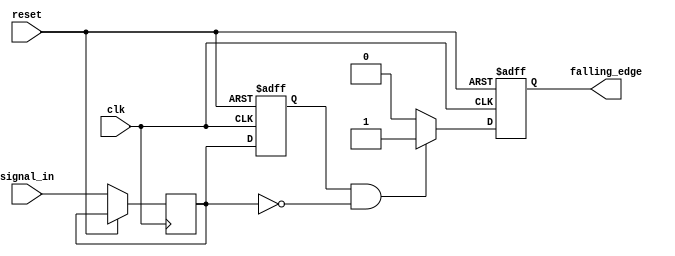
module falling_edge_detector (
    input wire clk,               // Clock signal
    input wire reset,             // Asynchronous reset signal
    input wire signal_in,         // Input signal to detect falling edge
    output reg falling_edge       // Output signal indicating falling edge detection
);

    reg prev_state;               // Register to hold the previous state of the input signal
    reg curr_state;               // Register to hold the current state of the input signal

    // Asynchronous reset and state sampling on the rising edge of the clock
    always @(posedge clk or posedge reset) begin
        if (reset) begin
            prev_state <= 1'b0;    // Initialize previous state to 0 on reset
            falling_edge <= 1'b0;   // Initialize falling edge output to 0 on reset
        end else begin
            // Sample the current state of the input signal
            curr_state <= signal_in;

            // Falling edge detection logic
            if (prev_state == 1'b1 && curr_state == 1'b0) begin
                falling_edge <= 1'b1; // Assert falling edge signal
            end else begin
                falling_edge <= 1'b0; // Deassert falling edge signal
            end

            // Update previous state for the next clock cycle
            prev_state <= curr_state;
        end
    end

endmodule